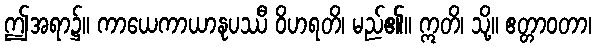
ဤအရာ၌။ ကာယေကာယာနုပဿီ ဝိဟရတိ၊ မည်၏။ ဣတိ၊ သို့။ ဧတ္တာဝတာ၊